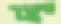
יצר